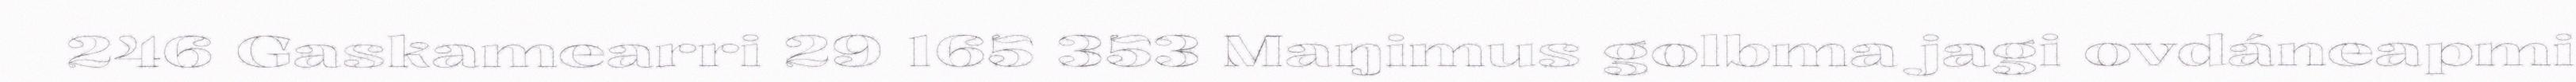
246 Gaskamearri 29 165 353 Maŋimus golbma jagi ovdáneapmi